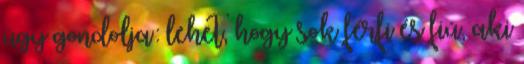
úgy gondolja: lehet, hogy sok férfi és fiú, aki